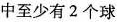
中至少有2个球